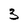
Character: 3